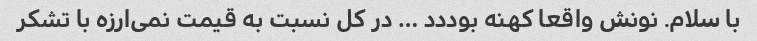
با سلام. نونش واقعا کهنه بوددد … در کل نسبت به قیمت نمی‌ارزه با تشکر